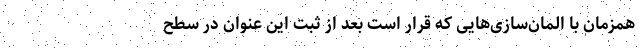
همزمان با المان‌سازی‌هایی که قرار است بعد از ثبت این عنوان در سطح